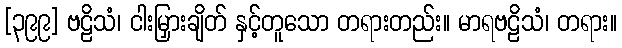
[၃၉၉] ဗဠိသံ၊ ငါးမြှားချိတ် နှင့်တူသော တရားတည်း။ မာရဗဠိသံ၊ တရား။